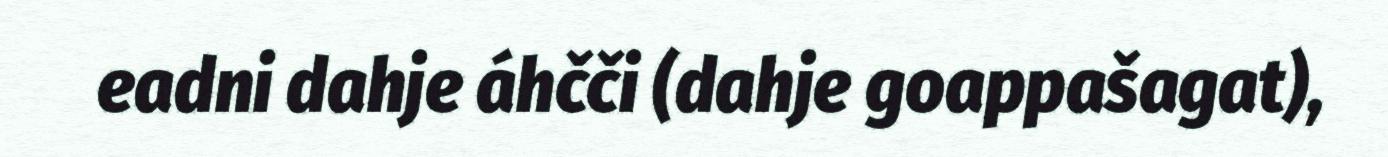
eadni dahje áhčči (dahje goappašagat),